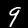
Digit: 9